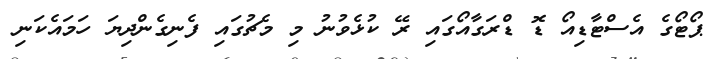
ޕޯޓޯގެ އެސްޓާޑިއޯ ޑޮ ޑްރަގާއޯގައި ރޭ ކުޅެވުނު މި މެޗުގައި ފެނިގެންދިޔަ ހަމައެކަނި